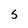
Character: S